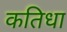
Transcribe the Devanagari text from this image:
कतिधा